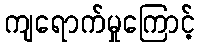
ကျရောက်မှုကြောင့်